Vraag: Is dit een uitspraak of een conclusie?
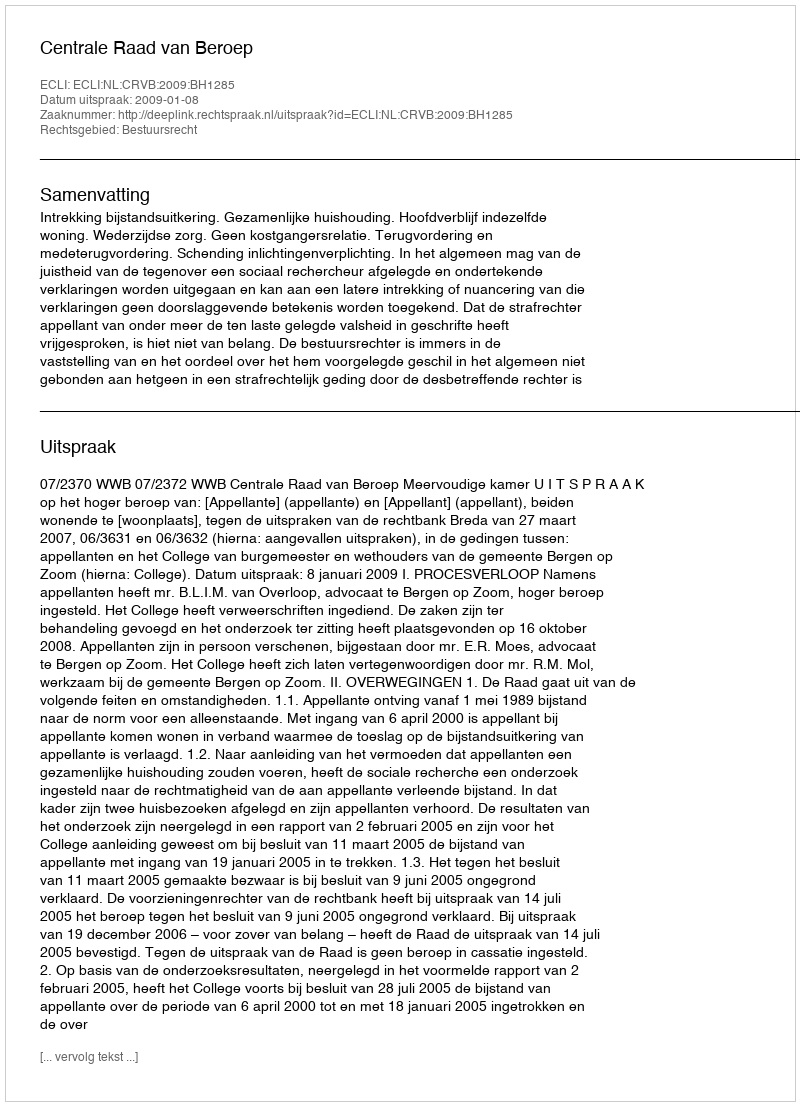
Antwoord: Uitspraak